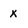
Character: X